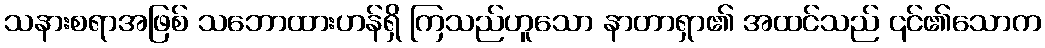
သနားစရာအဖြစ် သဘောထားဟန်ရှိ ကြသည်ဟူသော နာတာရှာ၏ အထင်သည် ၎င်၏သောက